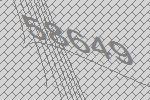
58649